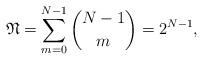
LaTeX: \begin{align*}\mathfrak{N}=\sum_{m=0}^{N-1}\binom{N-1}{m}=2^{N-1},\end{align*}